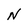
Character: N